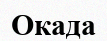
Окада